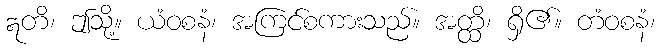
ဣတိ၊ ဤသို့။ ယံဝစနံ၊ အကြင်စကားသည်။ အတ္ထိ၊ ရှိ၏။ တံဝစနံ၊